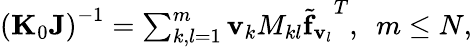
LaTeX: \begin{array}{r}{\left({\mathbf K}_{0}{\mathbf J}\right)^{-1}=\sum_{k,l=1}^{m}{\mathbf v}_{k}{M_{kl}}{\widetilde{\mathbf f}_{{\mathbf v}_{l}}}^{T},~~m\le N,}\end{array}